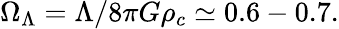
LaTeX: \Omega_{\Lambda}=\Lambda/8\pi G\rho_{c}\simeq 0.6-0.7.